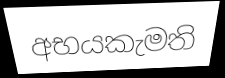
අභයකැමති